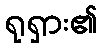
ရုရှား၏